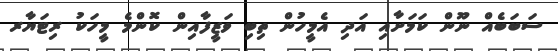
ސަބަބެއް ނޫން ކަމަށާއި އަދި އެމީހުން ތިބި ވަޒީފާއިން ކޮންމެ މީހަކު ރިޓަޔާރ